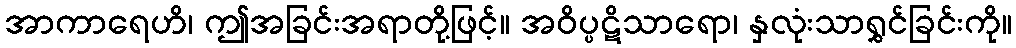
အာကာရေဟိ၊ ဤအခြင်းအရာတို့ဖြင့်။ အဝိပ္ပဋိသာရော၊ နှလုံးသာရွှင်ခြင်းကို။